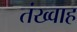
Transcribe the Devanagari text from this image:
तंख्वाह